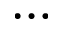
\dots